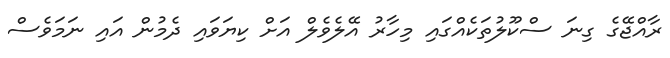
ރާއްޖޭގެ ގިނަ ސްކޫލުތަކެއްގައި މިހާރު އޭލެވެލް އަށް ކިޔަވައި ދެމުން އައި ނަމަވެސް